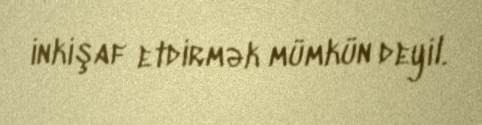
inkişaf etdirmək mümkün deyil.